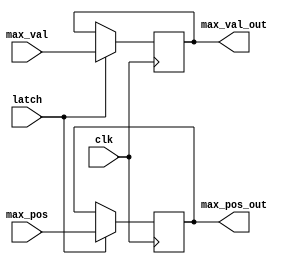
`timescale 1ns / 1ps

module max_latch(
    input clk,
    input latch,
    input [8:0] max_pos,
    input [9:0] max_val,
    output [8:0] max_pos_out,
    output [9:0] max_val_out
    );
	 
reg [8:0] max_pos_reg = 'd0;
reg [9:0] max_val_reg = 'd0;
assign max_pos_out = max_pos_reg;
assign max_val_out = max_val_reg;

always@(posedge clk)
begin
	if (latch == 1'd1)
	begin
		max_pos_reg <= max_pos;
		max_val_reg <= max_val;
	end
end


endmodule